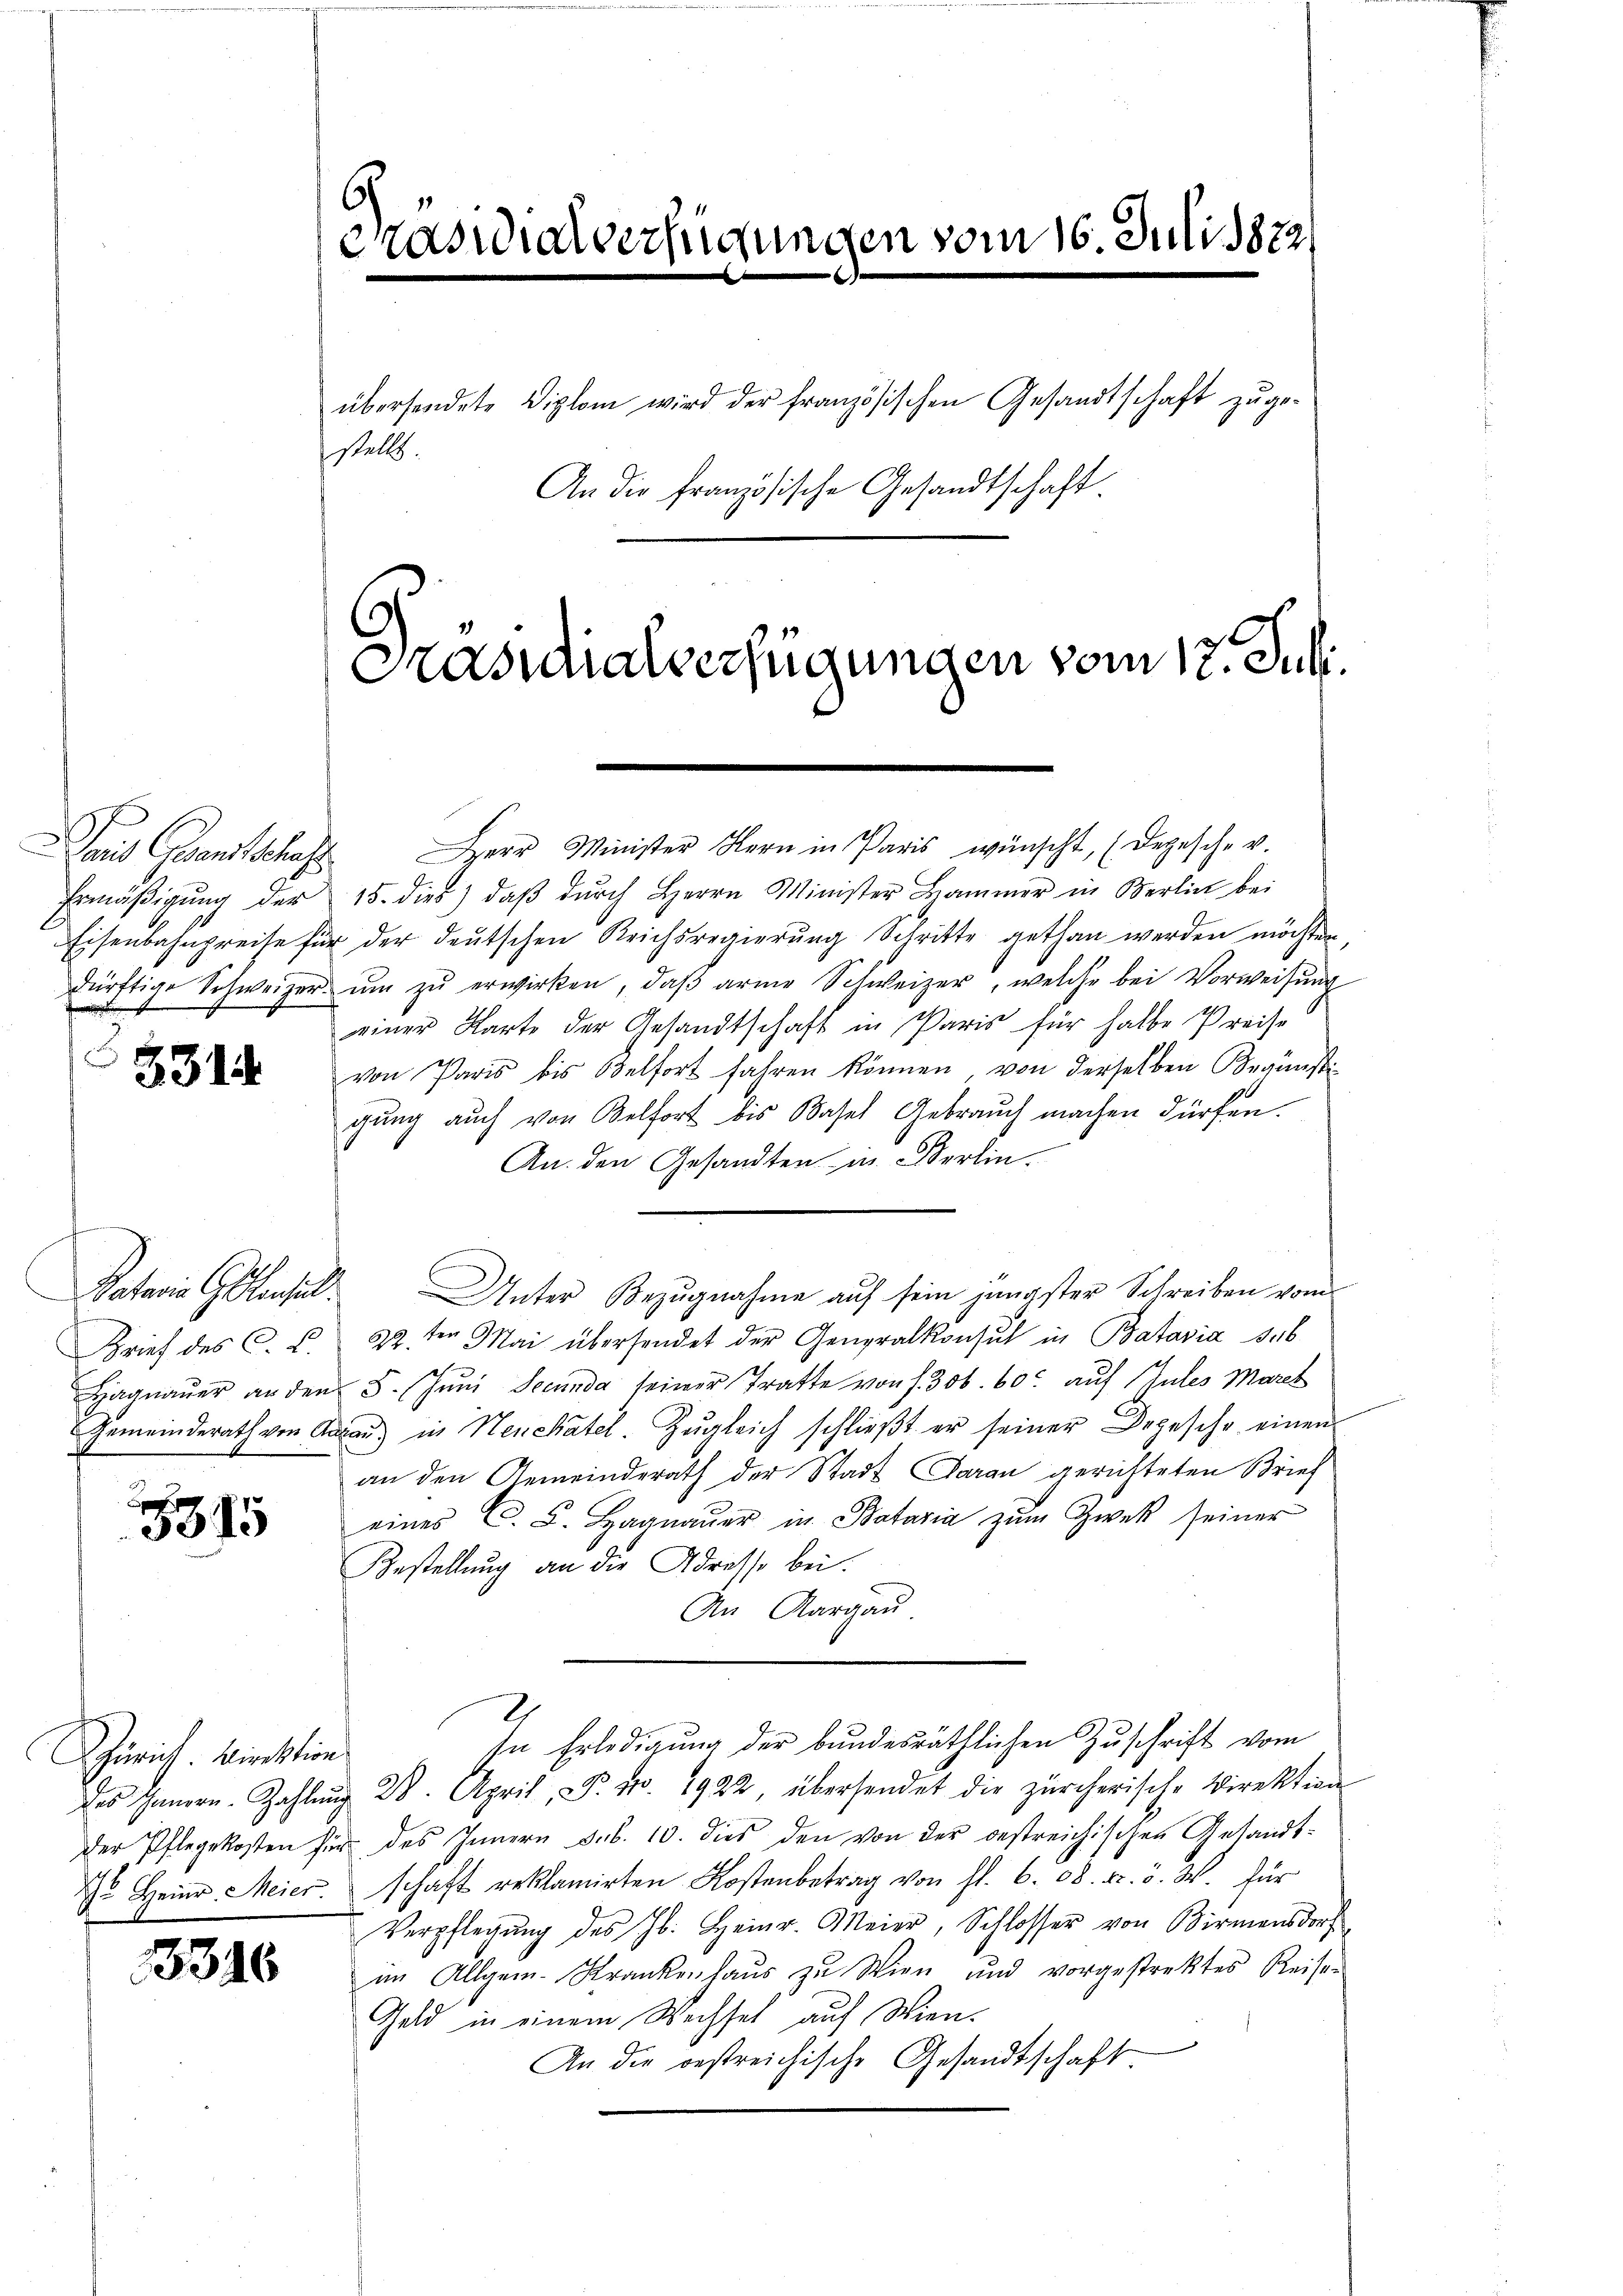
Dans Gesandtschaft
Ermäßigung der
Eisenbahnpreise fi
dürftige Schweizer.

5314

Faden Geset
Brief des C
Hagnauer an den
Gemeinderath von An

5345

Zürich wirckten
Des Handen-Zahle
der Pflegekosten
J. Heinr. Meier.

3316

Casidialverfügungen vom 16. Juli 182

übersendete Diplom wird der französischen Gesandtschaft zuge-
stellt.
An die französische Gesandtschaft.

Präsidialverfügungen vom 12. Juli.

Herr Minister Hern in Paris wünscht, (Depesche v.
15. dies) daβ dŭrch Herrn Minister Hammer in Berlin bei
u der deutschen Reichsregierŭng Schritte gethan werden möchten.
ŭm zŭ erwirken, daβ arme Schweizer, welche bei Vorweisung
einer Karte der Gesandtschaft in Paris für halbe Preise
von Paris bis Belfort fahren können, von derselben Begünsti-
gŭng auch von Belfort bis Basel Gebrauch machen dürfen.
An den Gesandten u. Berlin
Unter Bezŭgnahme aŭf sein jüngster Schreiben vom
22. der Mai übersendet der Generalkonsul in Batavia sub
.
2
8. Juni Secunda seiner Tratte von s. 306. 60 auf Gutes Marck
au) in Neuchâtel. Zŭgleich schließt er seiner Depesche einen
an den Gemeinderath der Stadt Caran gerichteten Brief
eines C. F. Hagmaŭer in Botaria zŭm Zwek seiner
Bestellung an die Adresse bei.
An Aargau
In Erledigung der bundesräthlichen Zuschrift vom
 28. April, S. 10. 1922, übersendet die zürcherische Direktion
 des Innern sub. 10. dies den von der bestreichischen Gesandtschaft reklamirten Kostenbetrag von fl. 6. 08. fr. v. W. für
Verpflegŭng des Jb. Heinr. Meier, Schlosser von Birmensdorf
im Allgem. Krankenhaŭs zŭ Wien und vorgestrektes Reise-
Geld in einem Wechsel auf Wien-
An die bestreichische Gesandtschaft